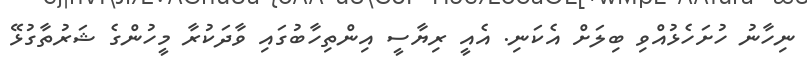
ނިހާނު ހުށަހެޅުއްވި ބިލަށް އެކަނި. އެއީ ރިޔާސީ އިންތިހާބުގައި ވާދަކުރާ މީހުންގެ ޝަރުތާގުޅޭ